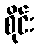
စိုင်း